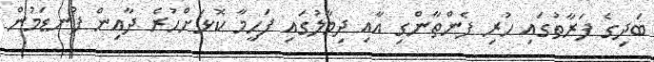
ބަދިގެ ފަރާތުގައި ހުރި ފެންތާންގި އާއި ދިމާލުގައި ފަހީމާ ކޮޅަށްހުރެ ދާއިން ފުނޑަމުން